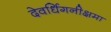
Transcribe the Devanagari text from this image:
देवर्धिगनीक्षमा